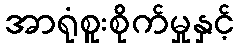
အာရုံစူးစိုက်မှုနှင့်